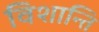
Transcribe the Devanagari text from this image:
विशान्ति